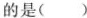
的是(﹚